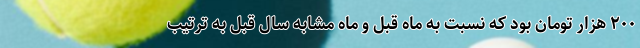
۲۰۰ هزار تومان بود که نسبت به ماه قبل و ماه مشابه سال قبل به ترتیب